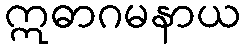
ဣဓာဂမနာယ